Riigikantselei, lk 26
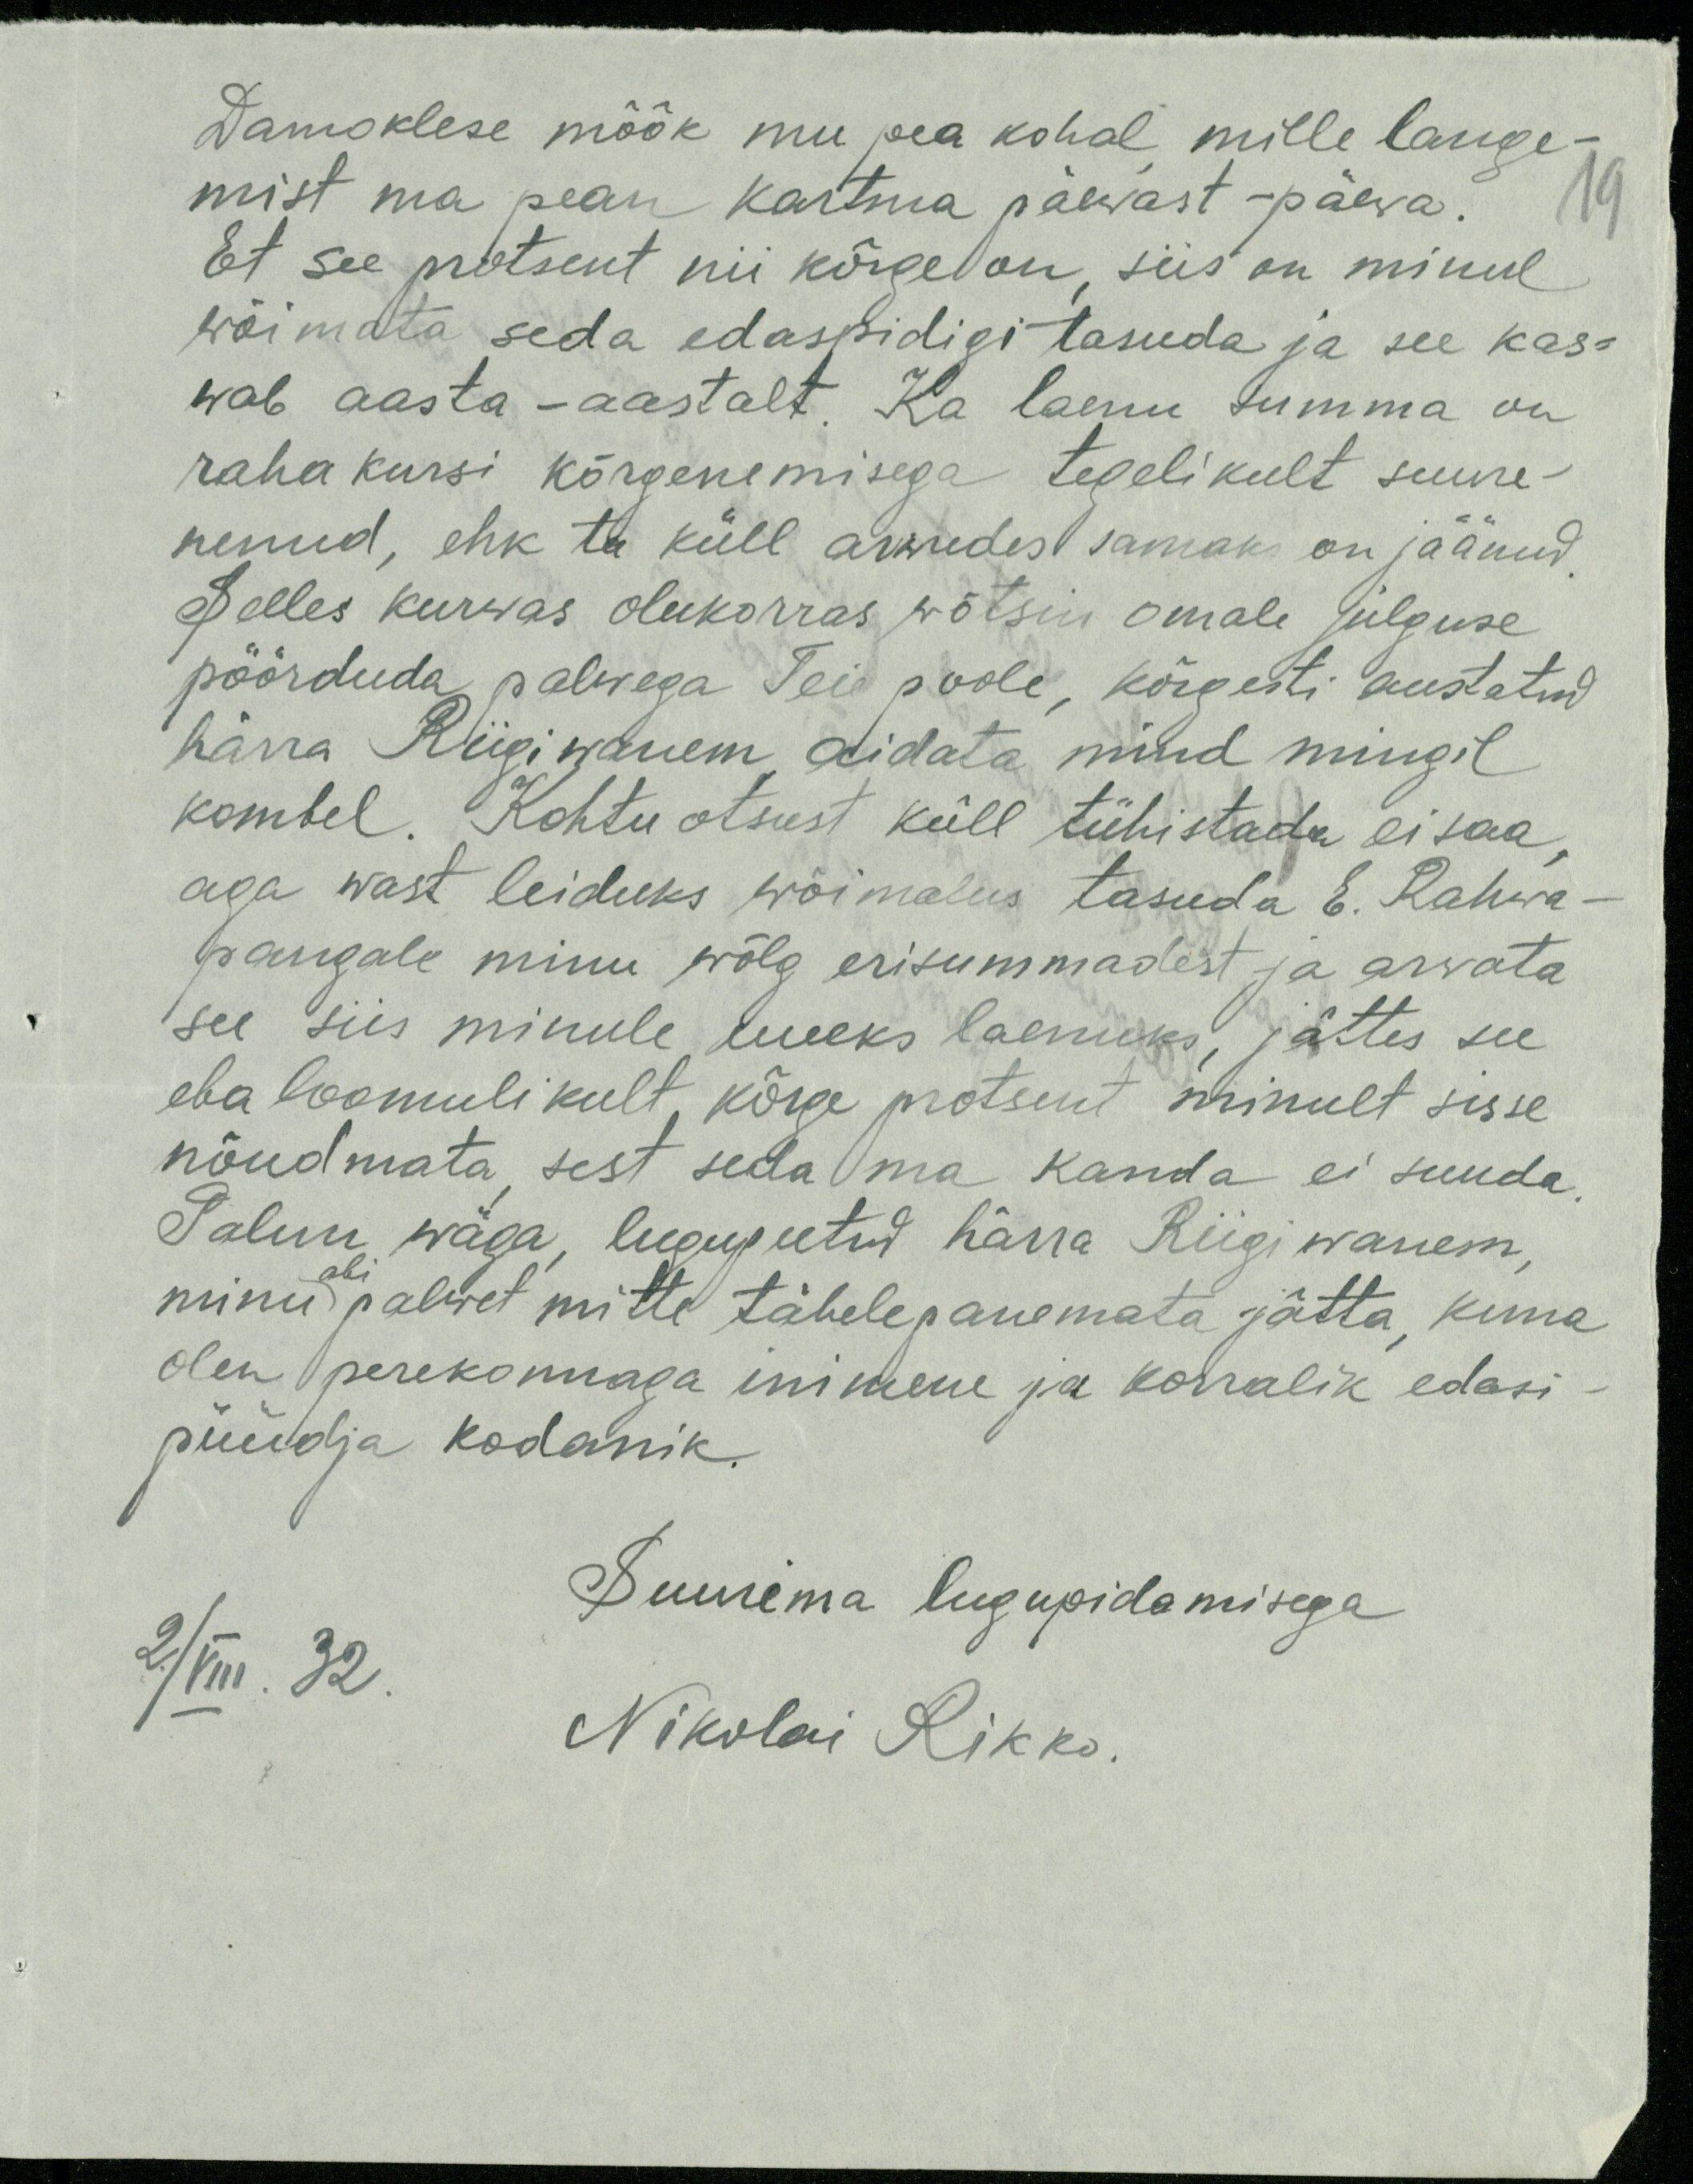
Damoklese mõõk mu pea kohal mille lange-
mist ma pean kartma päewast - päewa.
19
Et see protsent nii kõrge on, siis on minul
wõimata seda edaspidigi tasuda ja see kas-
wab aasta - aastalt. Ka laenu summa on
raha kursi kõrgenemisega tegelikult suure-
nenud, ehk ta küll arwudes samaks on jäänud.
Selles kurwas olukorras võtsin omale julguse
pöörduda palvega Teie poole, kõrgesti austatud
härra Riigiwanem aidata mind mingil
kombel. Kohtu otsust küll tühistada ei saa
aga wast leiduks wõimalus tasuda E. Rahwa
pangale minu wõlg erisummadest ja arvata
see siis minule uueks laenuks, jättes see
ebaloomulikult kõrge protsent minult sisse
nõudmata, sest seda oma kanda ei suuda.
Palun wäga, lugupeetud härra Riigiwanem,
minu abi palwet mitte tähelepanemata jätta, kuna
olen perekonnaga inimene ja korralik edasi -
püüdja kodanik.
Suurima lugupidamisega
2/VIII. 32.
Nikolai Rikko